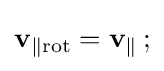
\mathbf {v} _{\parallel \mathrm {rot} }=\mathbf {v} _{\parallel }\,;